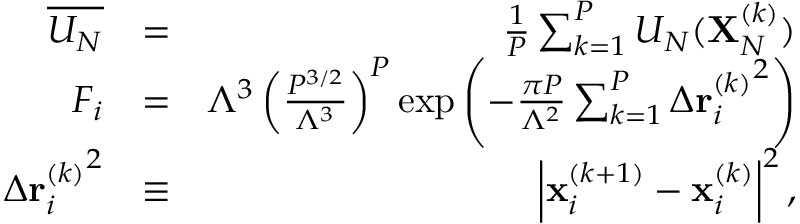
\begin{array} { r l r } { \overline { { U _ { N } } } } & { = } & { \frac { 1 } { P } \sum _ { k = 1 } ^ { P } U _ { N } ( \mathbf { X } _ { N } ^ { ( k ) } ) } \\ { F _ { i } } & { = } & { \Lambda ^ { 3 } \left( \frac { P ^ { 3 / 2 } } { \Lambda ^ { 3 } } \right) ^ { P } \exp \left( - \frac { \pi P } { \Lambda ^ { 2 } } \sum _ { k = 1 } ^ { P } \Delta { \mathbf { r } _ { i } ^ { ( k ) } } ^ { 2 } \right) } \\ { \Delta { \mathbf { r } _ { i } ^ { ( k ) } } ^ { 2 } } & { \equiv } & { \left| \mathbf { x } _ { i } ^ { ( k + 1 ) } - \mathbf { x } _ { i } ^ { ( k ) } \right| ^ { 2 } , } \end{array}